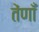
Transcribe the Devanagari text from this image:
तेंणाँ